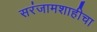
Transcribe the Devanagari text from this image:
सरंजामशाहीचा